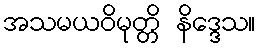
အသမယဝိမုတ္တိ နိဒ္ဒေသ။